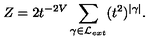
Z = 2 t ^ { - 2 V } \sum _ { \gamma \in { \cal L } _ { e x t } } ( t ^ { 2 } ) ^ { | \gamma | } .